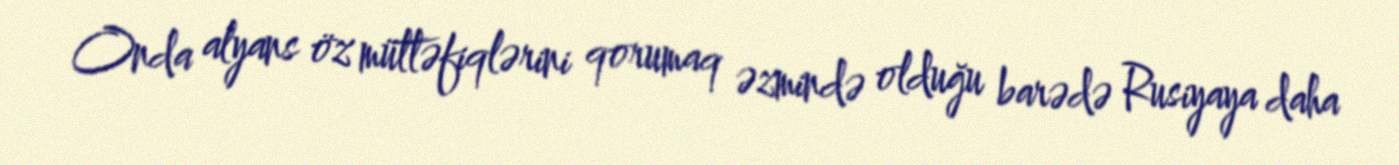
Onda alyans öz müttəfiqlərini qorumaq əzmində olduğu barədə Rusiyaya daha